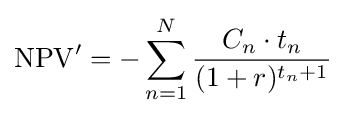
\operatorname {NPV} '=-\sum _{n=1}^{N}{\frac {C_{n}\cdot t_{n}}{(1+r)^{t_{n}+1}}}